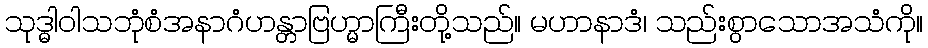
သုဒ္ဓါဝါသဘုံစံအနာဂံဟန္တာဗြဟ္မာကြီးတို့သည်။ မဟာနာဒံ၊ သည်းစွာသောအသံကို။